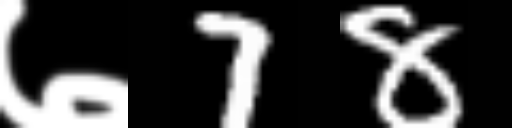
Text: ७78